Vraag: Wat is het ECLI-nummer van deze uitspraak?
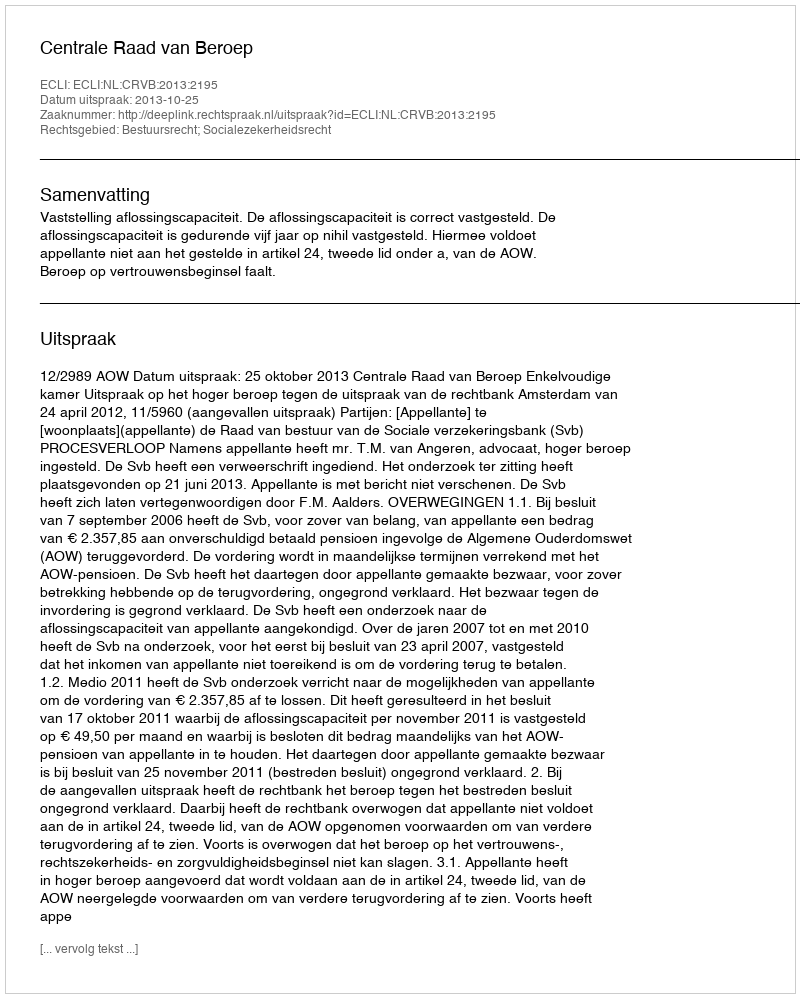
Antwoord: ECLI:NL:CRVB:2013:2195